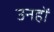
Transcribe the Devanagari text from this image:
उनहों